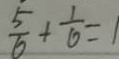
\frac { 5 } { 6 } + \frac { 1 } { 6 } = 1